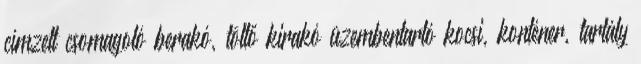
címzett csomagoló berakó, töltő kirakó üzembentartó kocsi, konténer, tartály